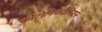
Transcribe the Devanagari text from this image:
कोटोनिफोलियन